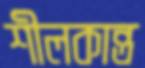
শীলকান্ত